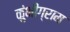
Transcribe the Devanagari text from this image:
कुंभीग्राम